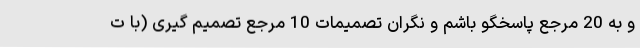
و به 20 مرجع پاسخگو باشم و نگران تصمیمات 10 مرجع تصمیم گیری (با ت